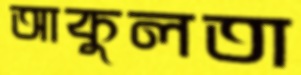
আকুলতা